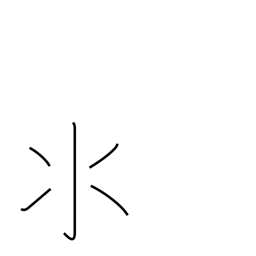
Meaning: water radical variant (no. 85)